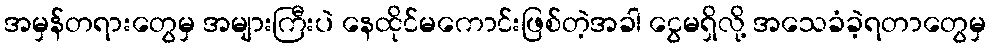
အမှန်တရားတွေမှ အများကြီးပဲ နေထိုင်မကောင်းဖြစ်တဲ့အခါ ငွေမရှိလို့ အသေခံခဲ့ရတာတွေမှ